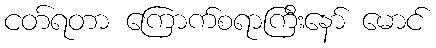
ငတ်ရတာ ကြောက်စရာကြီးနော် မောင်